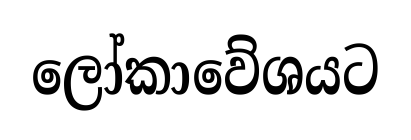
ලෝකාවේශයට